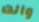
والت